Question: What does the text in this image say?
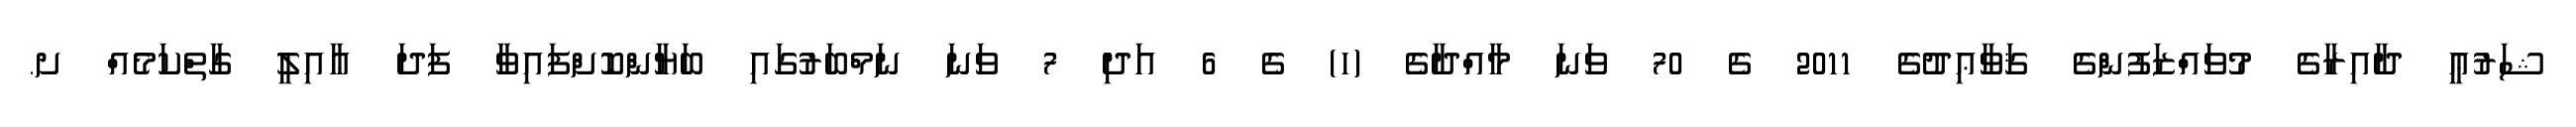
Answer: ޝަރުޢީ ދާއިރާގެ މުވައްޒަފުންގެ ޤަވާޢިދުގެ 2011 ގެ 70 ވަނަ މާއްދާގެ (ހ) ގެ 6 އަދި 7 ވަނަ ނަމްބަރުގައި ބަޔާންކޮށްފައިވާ ފަދަ ޢާއިލީ ގާތްކަމެއް ށ.